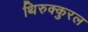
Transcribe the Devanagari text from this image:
थिरुक्कुरल